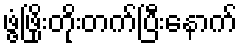
ဖွံ့ဖြိုးတိုးတက်ပြီးနောက်